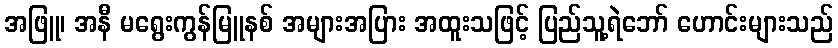
အဖြူ၊ အနီ မရွေးကွန်မြူနစ် အများအပြား အထူးသဖြင့် ပြည်သူ့ရဲဘော် ဟောင်းများသည်